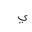
Letter: _ya